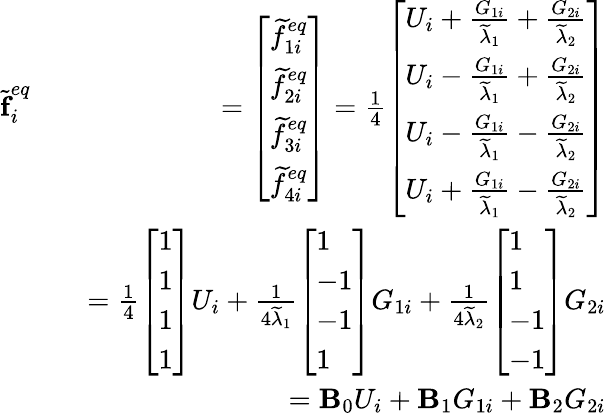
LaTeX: \begin{array}{rlr}{\widetilde{\textbf{f}}_{i}^{eq}}&{}&{=\left[\begin{array}{l}{\widetilde{f}_{1i}^{eq}}\\ {\widetilde{f}_{2i}^{eq}}\\ {\widetilde{f}_{3i}^{eq}}\\ {\widetilde{f}_{4i}^{eq}}\end{array}\right]=\frac{1}{4}\left[\begin{array}{l}{U_{i}+\frac{G_{1i}}{\widetilde{\lambda}_{1}}+\frac{G_{2i}}{\widetilde{\lambda}_{2}}}\\ {U_{i}-\frac{G_{1i}}{\widetilde{\lambda}_{1}}+\frac{G_{2i}}{\widetilde{\lambda}_{2}}}\\ {U_{i}-\frac{G_{1i}}{\widetilde{\lambda}_{1}}-\frac{G_{2i}}{\widetilde{\lambda}_{2}}}\\ {U_{i}+\frac{G_{1i}}{\widetilde{\lambda}_{1}}-\frac{G_{2i}}{\widetilde{\lambda}_{2}}}\end{array}\right]}\\ &{}&{=\frac{1}{4}\left[\begin{array}{l}{1}\\ {1}\\ {1}\\ {1}\end{array}\right]U_{i}+\frac{1}{4\widetilde{\lambda}_{1}}\left[\begin{array}{l}{1}\\ {-1}\\ {-1}\\ {1}\end{array}\right]G_{1i}+\frac{1}{4\widetilde{\lambda}_{2}}\left[\begin{array}{l}{1}\\ {1}\\ {-1}\\ {-1}\end{array}\right]G_{2i}}\\ &{}&{=\textbf{B}_{0}U_{i}+\textbf{B}_{1}G_{1i}+\textbf{B}_{2}G_{2i}}\end{array}